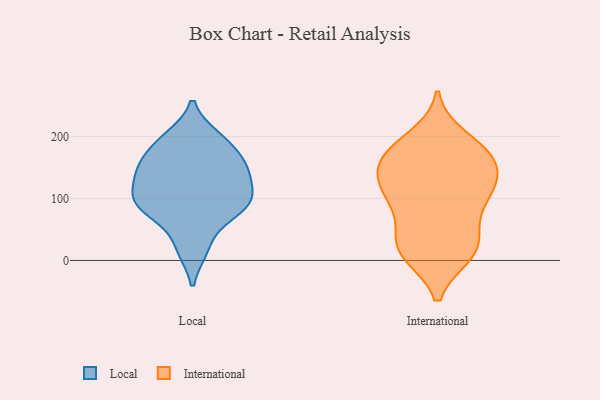
{"axis": {"x": "Website Visitors", "y": "Value"}, "legend": ["International", "Local"], "data": [{"x": "", "y": 73, "type": "Local"}, {"x": "", "y": 137, "type": "Local"}, {"x": "", "y": 198, "type": "Local"}, {"x": "", "y": 184, "type": "Local"}, {"x": "", "y": 146, "type": "Local"}, {"x": "", "y": 152, "type": "Local"}, {"x": "", "y": 96, "type": "Local"}, {"x": "", "y": 92, "type": "Local"}, {"x": "", "y": 19, "type": "Local"}, {"x": "", "y": 101, "type": "Local"}, {"x": "", "y": 10, "type": "International"}, {"x": "", "y": 129, "type": "International"}, {"x": "", "y": 125, "type": "International"}, {"x": "", "y": 20, "type": "International"}, {"x": "", "y": 145, "type": "International"}, {"x": "", "y": 11, "type": "International"}, {"x": "", "y": 87, "type": "International"}, {"x": "", "y": 173, "type": "International"}, {"x": "", "y": 198, "type": "International"}, {"x": "", "y": 173, "type": "International"}, {"x": "", "y": 174, "type": "International"}, {"x": "", "y": 31, "type": "International"}, {"x": "", "y": 118, "type": "International"}, {"x": "", "y": 42, "type": "International"}, {"x": "", "y": 84, "type": "International"}, {"x": "", "y": 180, "type": "International"}, {"x": "", "y": 123, "type": "International"}, {"x": "", "y": 94, "type": "International"}, {"x": "", "y": 12, "type": "International"}, {"x": "", "y": 154, "type": "International"}]}